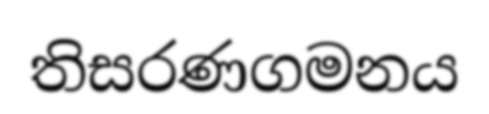
තිසරණගමනය